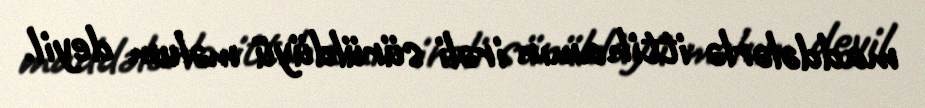
maddələrlə ittihamın irəli sürüldüyü məlum deyil.